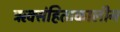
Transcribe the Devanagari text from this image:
ऋक्संहिताकालीन